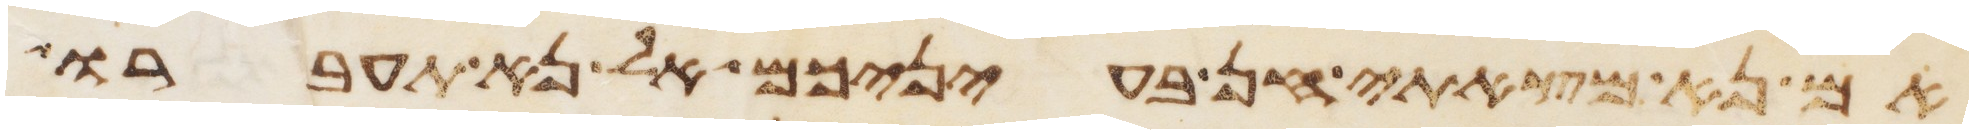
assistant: אם נא מצאתי חן בעיניכם אל נא תעברו